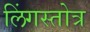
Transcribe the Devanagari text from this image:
लिंगस्तोत्र